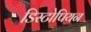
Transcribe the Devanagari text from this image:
डिस्टोपियन